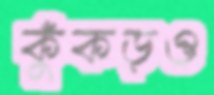
কুঁকড়ও